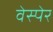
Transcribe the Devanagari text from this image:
वेस्पेर